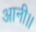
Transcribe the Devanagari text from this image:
आनी।।